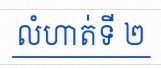
លំហាត់ទី ២